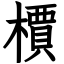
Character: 檟